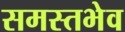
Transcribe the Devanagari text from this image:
समस्तभेव